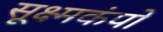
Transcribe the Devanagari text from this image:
सूक्ष्मकंपों